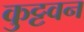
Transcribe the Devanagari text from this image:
कुट्टवन